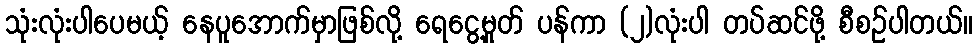
သုံးလုံးပါပေမယ့် နေပူအောက်မှာဖြစ်လို့ ရေငွေ့မှုတ် ပန်ကာ (၂)လုံးပါ တပ်ဆင်ဖို့ စီစဉ်ပါတယ်။